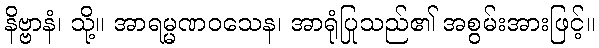
နိဗ္ဗာနံ၊ သို့။ အာရမ္မဏဝသေန၊ အာရုံပြုသည်၏ အစွမ်းအားဖြင့်။